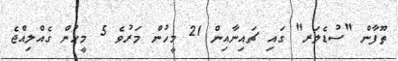
ތޫފާން "ސުޑެލަރ" ގައި ޗައިނާއިން 21 މީހުން މަރުވެ 5 މީހުން ގެއްލިއްޖެ